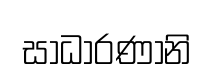
සාධාරණානි